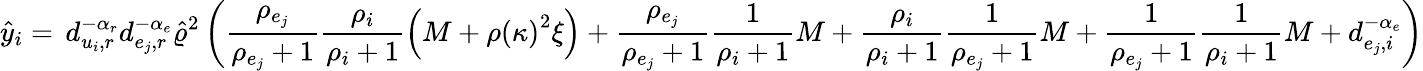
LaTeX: \hat{y}_{i}=\, d_{u_{i},r}^{-\alpha_{r}}d_{e_{j},r}^{-\alpha_{e}}\hat{\varrho}^{2}\left(\frac{\rho_{e_{j}}}{\rho_{e_{j}}+1}\frac{\rho_{i}}{\rho_{i}+1}\left(M+\rho\left(\kappa\right)^{2}\xi\right)+\frac{\rho_{e_{j}}}{\rho_{e_{j}}+1}\frac{1}{\rho_{i}+1}M+\frac{\rho_{i}}{\rho_{i}+1}\frac{1}{\rho_{e_{j}}+1}M+\frac{1}{\rho_{e_{j}}+1}\frac{1}{\rho_{i}+1}M+d_{e_{j},i}^{-\alpha_{e}}\right)